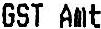
GST AMT